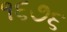
૧૬૭૬